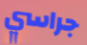
جراسي